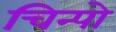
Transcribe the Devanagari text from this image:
चिन्पो